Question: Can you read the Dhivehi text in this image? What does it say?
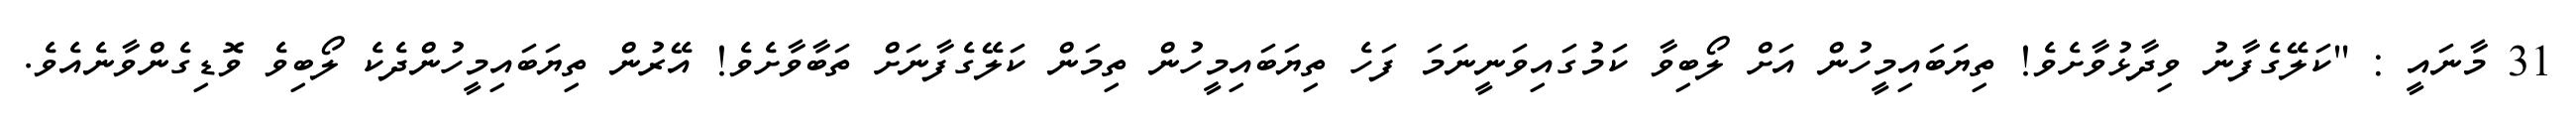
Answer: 31 މާނައީ : "ކަލޭގެފާނު ވިދާޅުވާށެވެ! ތިޔަބައިމީހުން އަށް ލޯބިވާ ކަމުގައިވަނީނަމަ ފަހެ ތިޔަބައިމީހުން ތިމަން ކަލޭގެފާނަށް ތަބާވާށެވެ! އޭރުން ތިޔަބައިމީހުންދެކެ ލޯބިވެ ވޮޑިގެންވާނެއެވެ.